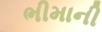
ભીમાની